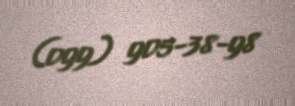
(099) 905-38-98